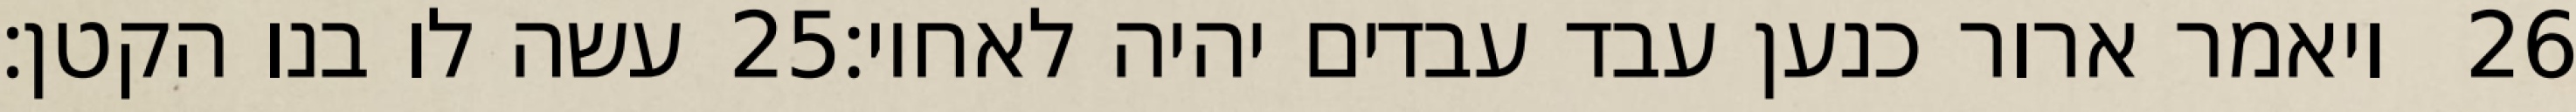
עשה לו בנו הקטן׃ ‎25‏ ויאמר ארור כנען עבד עבדים יהיה לאחיו׃ ‎26‏